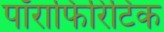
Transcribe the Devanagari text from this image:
पॉराफिरिटिक